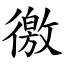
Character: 徼